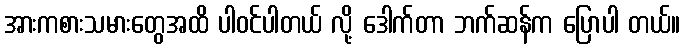
အားကစားသမားတွေအထိ ပါဝင်ပါတယ် လို့ ဒေါက်တာ ဘက်ဆန်က ပြောပါ တယ်။